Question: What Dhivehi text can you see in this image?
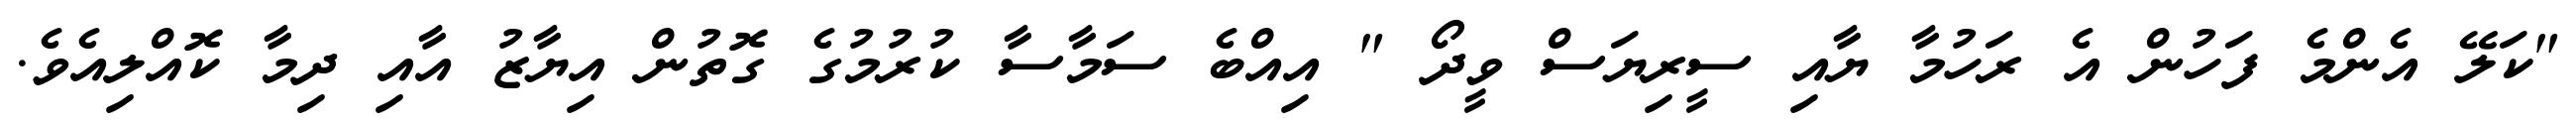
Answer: "ކަލޭ އެންމެ ފަހުން އެ ރަހުމާ ޔާއި ސީރިޔަސް ވީދޯ " އިއްބެ ސަމާސާ ކުރުމުގެ ގޮތުން އިޔާޒު އާއި ދިމާ ކޮއްލިއެވެ.